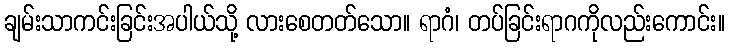
ချမ်းသာကင်းခြင်းအပါယ်သို့ လားစေတတ်သော။ ရာဂံ၊ တပ်ခြင်းရာဂကိုလည်းကောင်း။